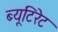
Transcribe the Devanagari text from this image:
ब्यूटिरेट